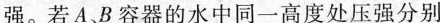
强。若A B容器的水中同一高度处压强分别